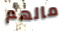
مالهم